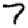
Digit: 7